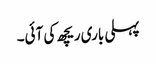
پہلی باری ریچھ کی آئی۔